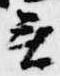
無